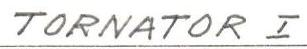
TORNATOR I